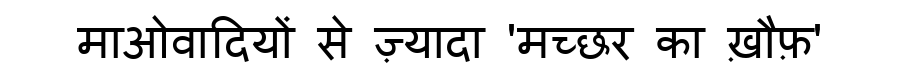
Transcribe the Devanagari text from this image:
माओवादियों से ज़्यादा 'मच्छर का ख़ौफ़'